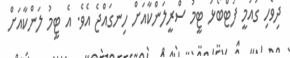
ދިވެހި ގައުމީ ފުޓްބޯޅަ ޓީމު ސްރީލަންކާއަށް ހިނގައްޖެ އެވެ. އެ ޓީމު ލަންކާއަށް